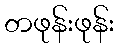
တဖုန်းဖုန်း